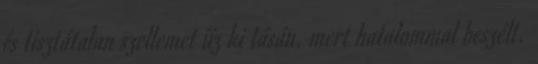
és tisztátalan szellemet űz ki tásán, mert hatalommal beszélt.